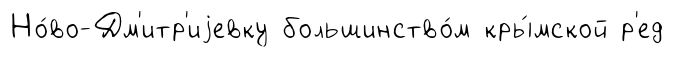
Но́во-Дм'итр'иjевку большинство́м кры́мской р'ед